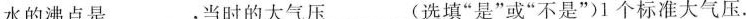
水的沸点是___，当时的大气压___(选填”是”或”不是”)1个标准大气压.